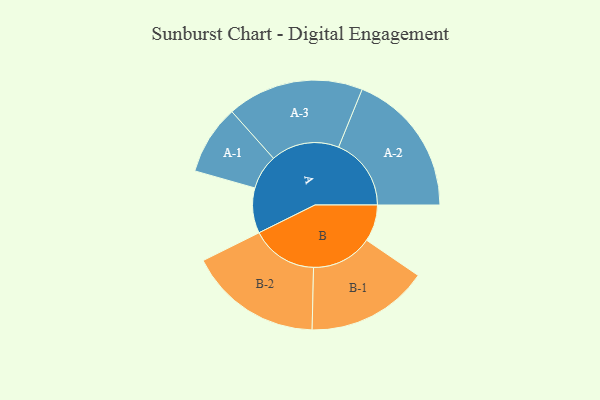
{"axis": {"x": "Segment", "y": "Value"}, "legend": ["", "A", "B"], "data": [{"x": "A", "y": 160, "type": ""}, {"x": "B", "y": 130, "type": ""}, {"x": "A-1", "y": 123, "type": "A"}, {"x": "A-2", "y": 257, "type": "A"}, {"x": "A-3", "y": 242, "type": "A"}, {"x": "B-1", "y": 216, "type": "B"}, {"x": "B-2", "y": 236, "type": "B"}]}